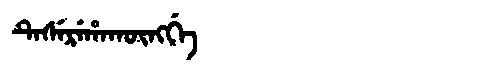
Manchu: ᡨᡝᠰᡝᡵᡝᡥᠠᡴᡡᠩᡤᡝ
Romanization: TESEREHAKŪNGGE